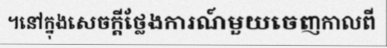
។នៅក្នុងសេចក្តីថ្លែងការណ៍មួយចេញកាលពី